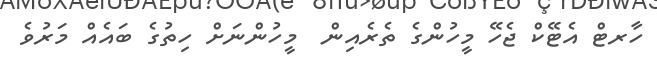
ހާރޓް އެޓޭކް ޖެހޭ މީހުންގެ ތެރެއިން  މީހުންނަށް ހިތުގެ ބައެއް މަރުވެ